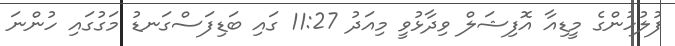
ފުލުހުންގެ މީޑިއާ އޮފިޝަލް ވިދާޅުވީ މިއަދު 11:27 ގައި ބަޑިފަސްގަނޑު މަގުގައި ހުންނަ